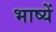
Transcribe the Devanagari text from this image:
भाष्यें